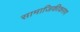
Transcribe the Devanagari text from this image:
सामाजिकीकरण